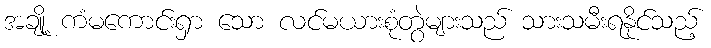
အချို့ ကံမကောင်းရှာ သော လင်မယားစုံတွဲများသည် သားသမီးရနိုင်သည့်